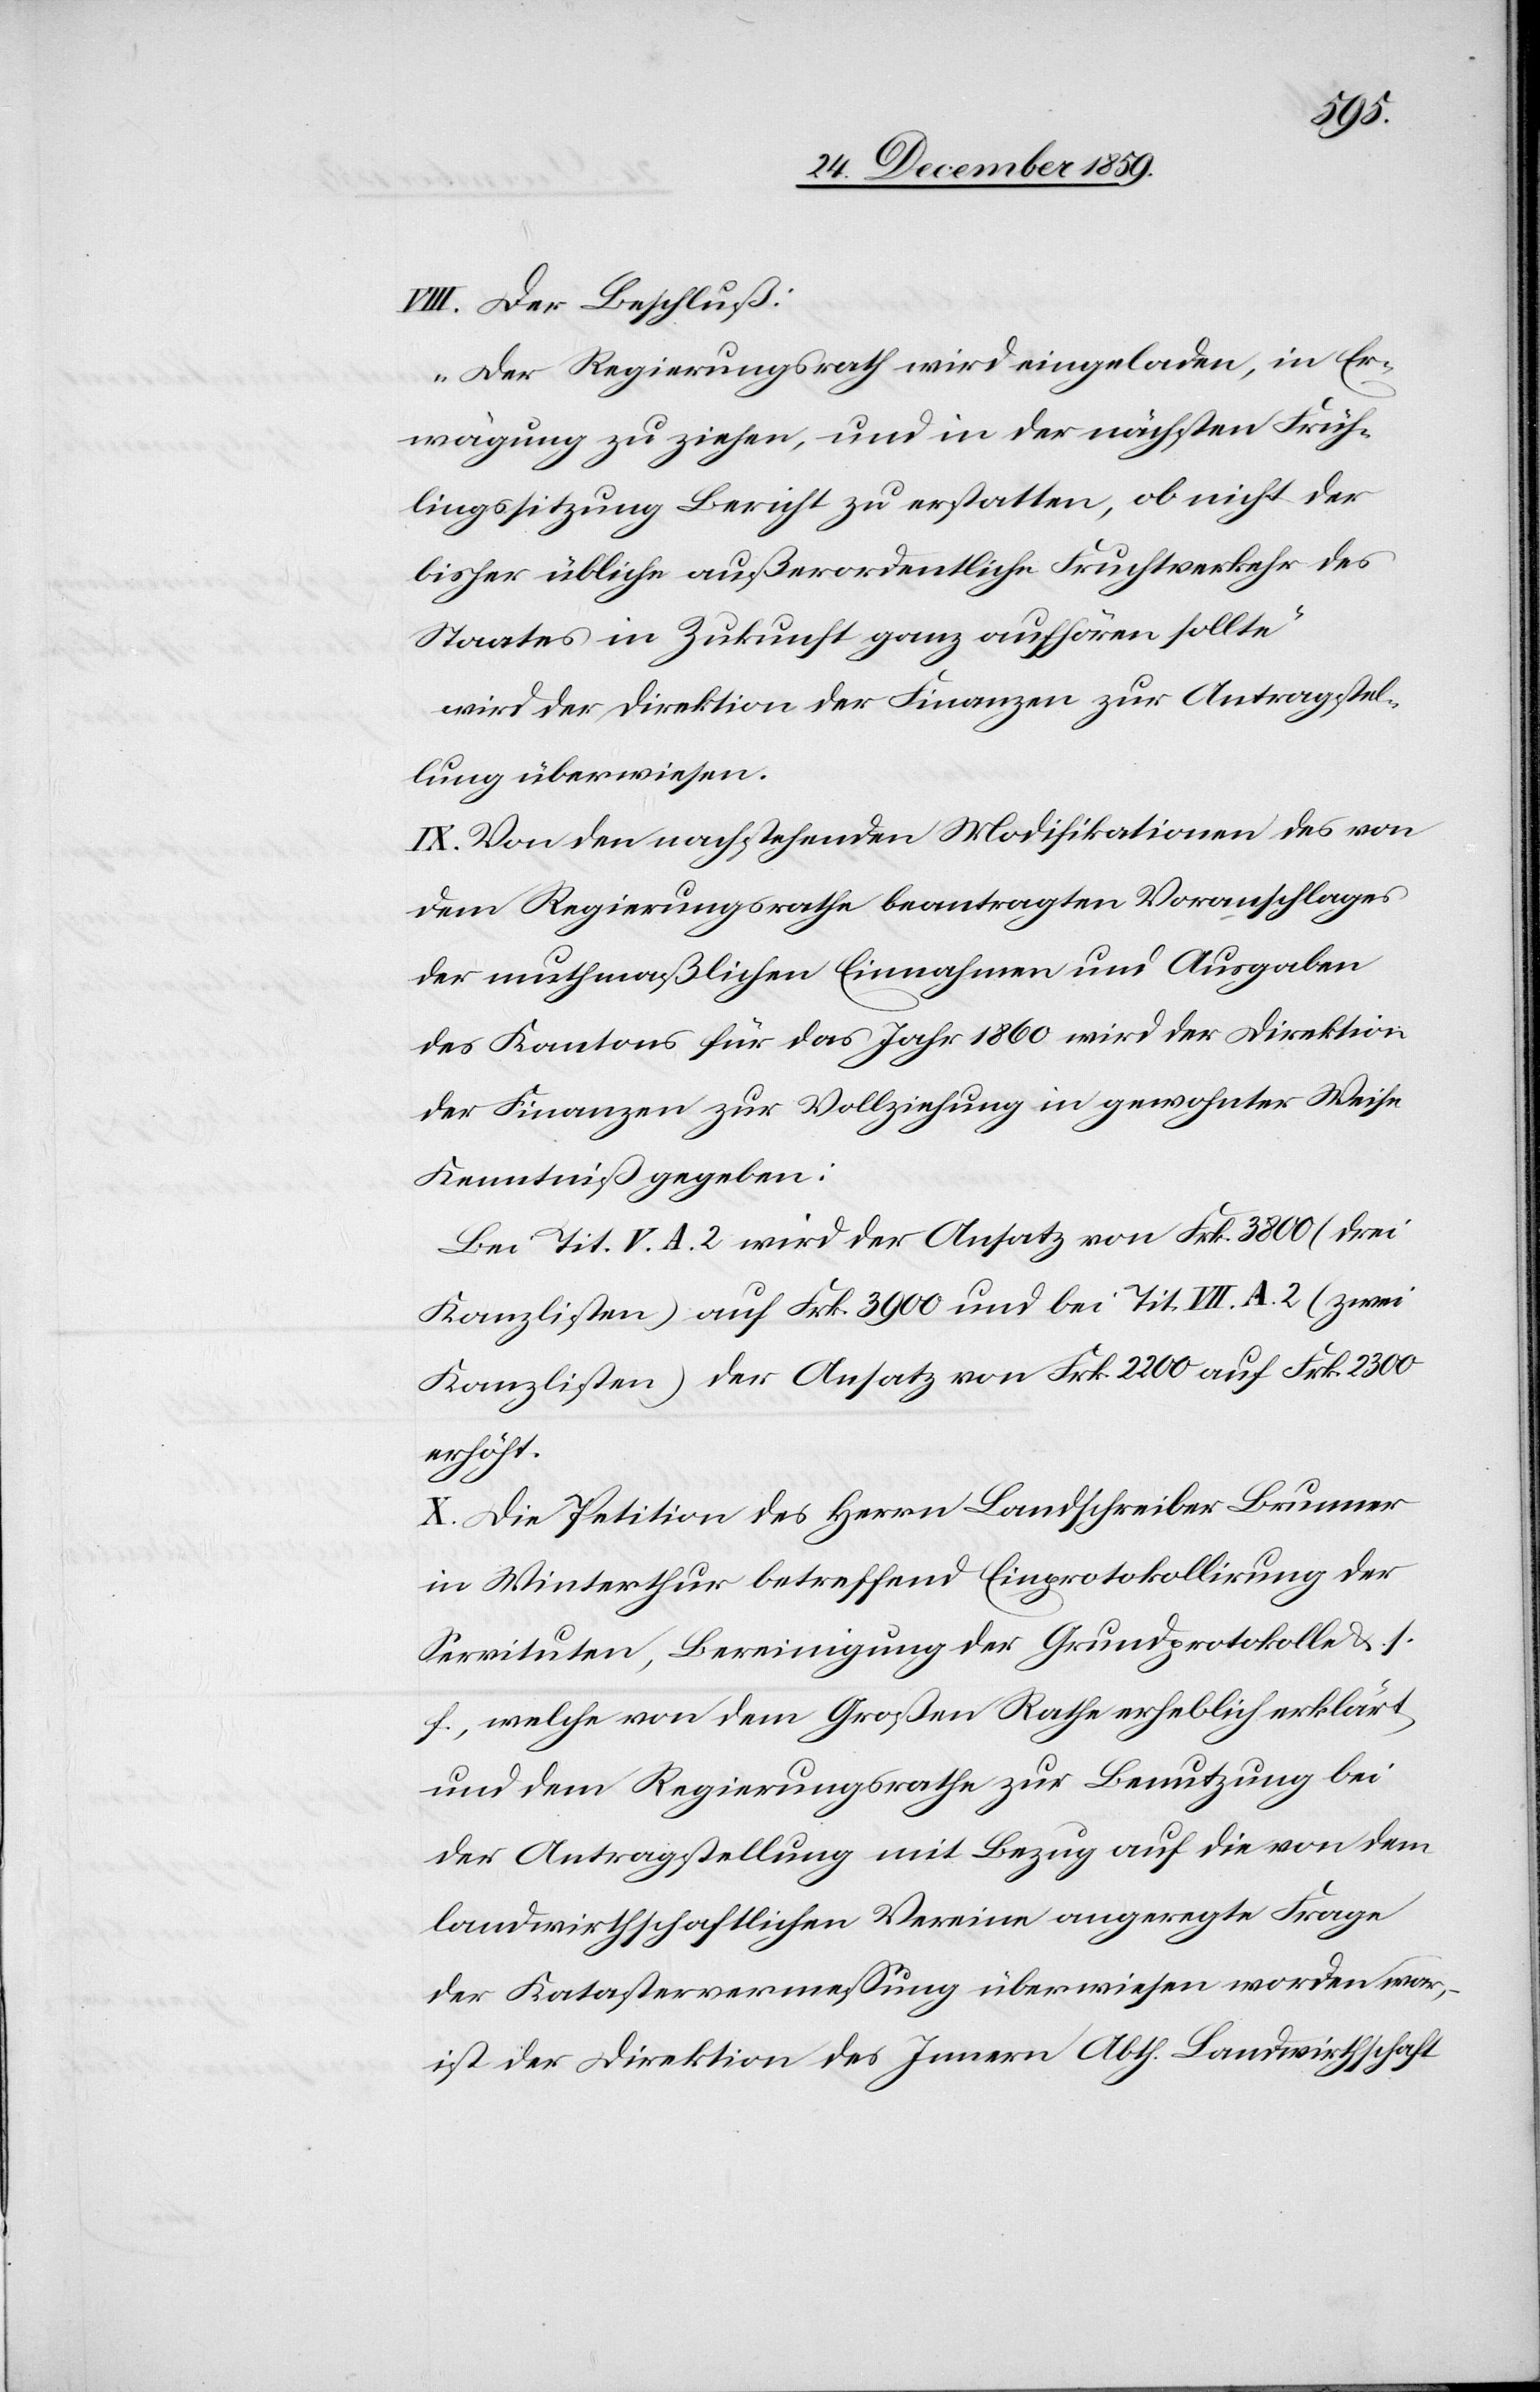
VIII. Der Beschluß:
„Der Regierungsrath wird eingeladen, in Er¬
wägung zu ziehen, und in der nächsten Früh¬
lingssitzung Bericht zu erstatten, ob nicht der
bisher übliche außerordentliche Fruchtverkehr des
Staates in Zukunft ganz aufhören sollte“
wird der Direktion der Finanzen zur Antragstel¬
lung überwiesen.
IX. Von den nachstehenden Modifikationen des von
dem Regierungsrathe beantragten Voranschlages
der muthmaßlichen Einnahmen und Ausgaben
des Kantons für das Jahr 1860 wird der Direktion
der Finanzen zur Vollziehung in gewohnter Weise
Kenntniß gegeben:
Bei Tit. V. A. 2 wird der Ansatz von Frk. 3800 (drei
Kanzlisten) auf Frk. 3900 und bei Tit. VII. A. 2 (zwei
Kanzlisten) der Ansatz von Frk. 2200 auf Frk. 2300
erhöht.
X. Die Petition des Herrn Landschreiber Brunner
in Winterthur betreffend Einprotokollirung der
Servituten, Bereinigung der Grundprotokolle &. s.
f., welche von dem Großen Rathe erheblich erklärt
und dem Regierungsrathe zur Benutzung bei
der Antragstellung mit Bezug auf die von dem
landwirthschaftlichen Vereine angeregte Frage
der Katastervermessung überwiesen worden war,
ist der Direktion des Innern Abth. Landwirthschaft